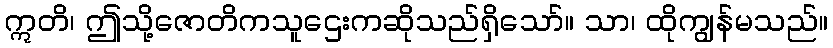
ဣတိ၊ ဤသို့ဇောတိကသူဌေးကဆိုသည်ရှိသော်။ သာ၊ ထိုကျွန်မသည်။